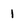
Character: 1